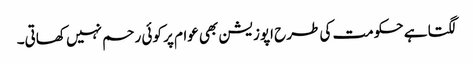
لگتا ہے حکومت کی طرح اپوزیشن بھی عوام پر کوئی رحم نہیں کھاتی۔